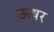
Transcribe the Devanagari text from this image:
ऊषर